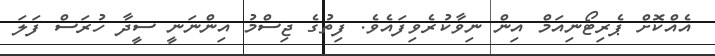
އެއްކޮށް ޕެރިޓޯނިއަމް އިން ނިވާކުރެވިފައެވެ. ފިތުގެ ޖިސްމު އިންނަނީ ސީދާ ހުރަސް ފަލަ